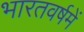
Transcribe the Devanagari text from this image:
भारतवर्षमें